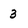
Character: 3